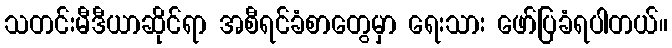
သတင်းမီဒီယာဆိုင်ရာ အစီရင်ခံစာတွေမှာ ရေးသား ဖော်ပြခံရပါတယ်။